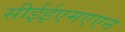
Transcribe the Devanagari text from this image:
सीईईएमएएन